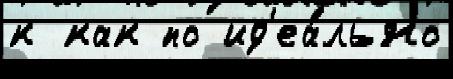
к как по ид'еа́льно